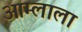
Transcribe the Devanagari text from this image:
आम्लाला